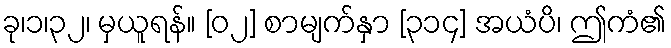
ခု၊၁၊၃၂၊ မှယူရန်။ [၀၂] စာမျက်နှာ [၃၁၄] အယံပိ၊ ဤကံ၏